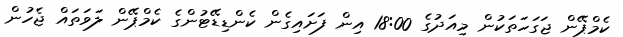
ކެމްޕޭން ޖަގަހަތަކުން މިއަދުގެ 18:00 އިން ފަށައިގެން ކެންޑިޑޭޓުންގެ ކެމްޕޭން ލަވަތައް ޖެހުން